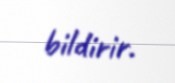
bildirir.